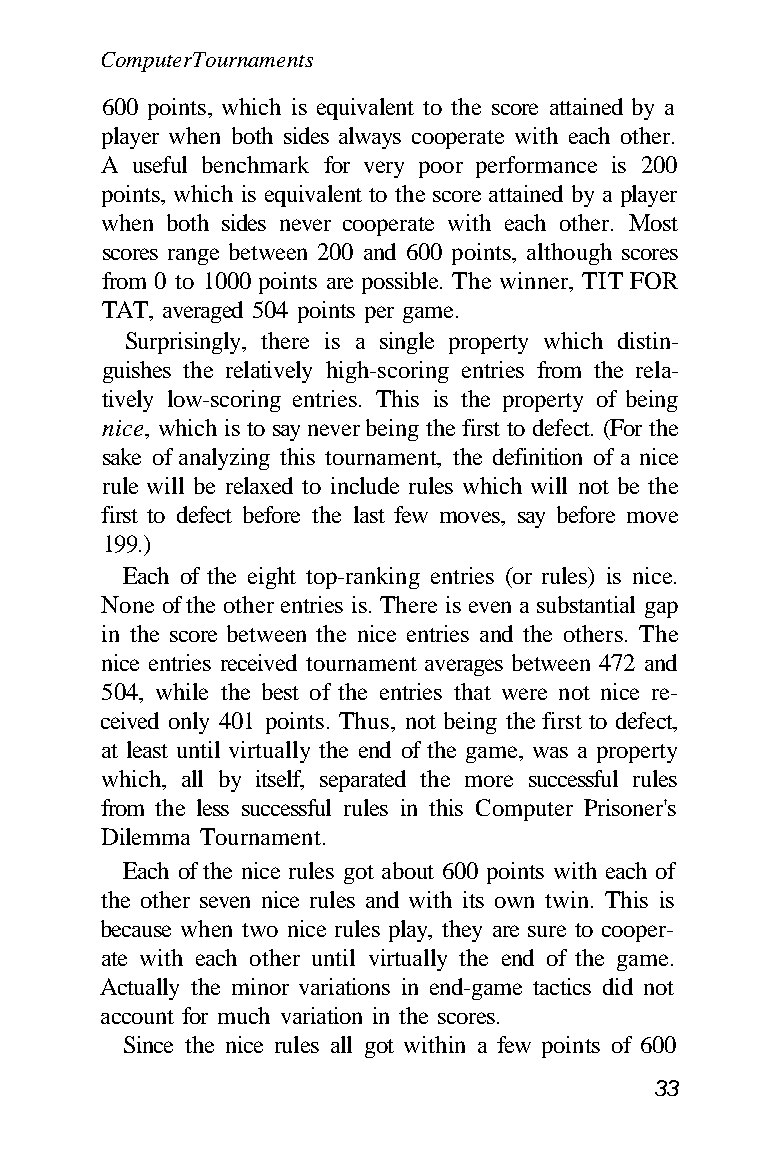
Computer Tournaments
 600 points, which is equivalent to the score attained by a
 player when both sides always cooperate with each other.
 A useful benchmark for very poor performance is 200
 points, which is equivalent to the score attained by a player
 when both sides never cooperate with each other. Most
 scores range between 200 and 600 points, although scores
 from 0 to 1000 points are possible. The winner, TIT FOR
 TAT, averaged 504 points per game.
 Surprisingly, there is a single property which distin-
 guishes the relatively high-scoring entries from the rela-
 tively low-scoring entries. This is the property of being
 nice, which is to say never being the first to defect. (For the
 sake of analyzing this tournament, the definition of a nice
 rule will be relaxed to include rules which will not be the
 first to defect before the last few moves, say before move
 199.)
 Each of the eight top-ranking entries (or rules) is nice.
 None of the other entries is. There is even a substantial gap
 in the score between the nice entries and the others. The
 nice entries received tournament averages between 472 and
 504, while the best of the entries that were not nice re-
 ceived only 401 points. Thus, not being the first to defect,
 at least until virtually the end of the game, was a property
 which, all by itself, separated the more successful rules
 from the less successful rules in this Computer Prisoner's
 Dilemma Tournament.
 Each of the nice rules got about 600 points with each of
 the other seven nice rules and with its own twin. This is
 because when two nice rules play, they are sure to cooper-
 ate with each other until virtually the end of the game.
 Actually the minor variations in end-game tactics did not
 account for much variation in the scores.
 Since the nice rules all got within a few points of 600
 33